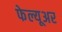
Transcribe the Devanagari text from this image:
फेल्यूअर